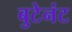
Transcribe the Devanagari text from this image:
बुटेनंट